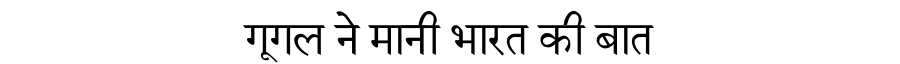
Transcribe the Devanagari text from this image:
गूगल ने मानी भारत की बात